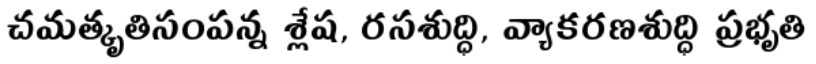
చమత్కృతిసంపన్న శ్లేష, రసశుద్ధి, వ్యాకరణశుద్ధి ప్రభృతి